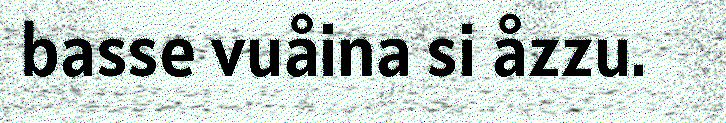
basse vuåina si åzzu.